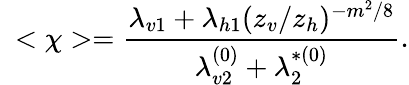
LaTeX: ~<\chi>=\frac{\lambda_{v1}+\lambda_{h1}(z_{v}/z_{h})^{-m^{2}/8}}{\lambda_{v2}^{(0)}+\lambda_{2}^{*(0)}}.